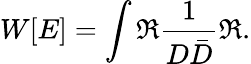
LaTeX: W[E]=\int\Re\frac{1}{D\bar{D}}\Re.